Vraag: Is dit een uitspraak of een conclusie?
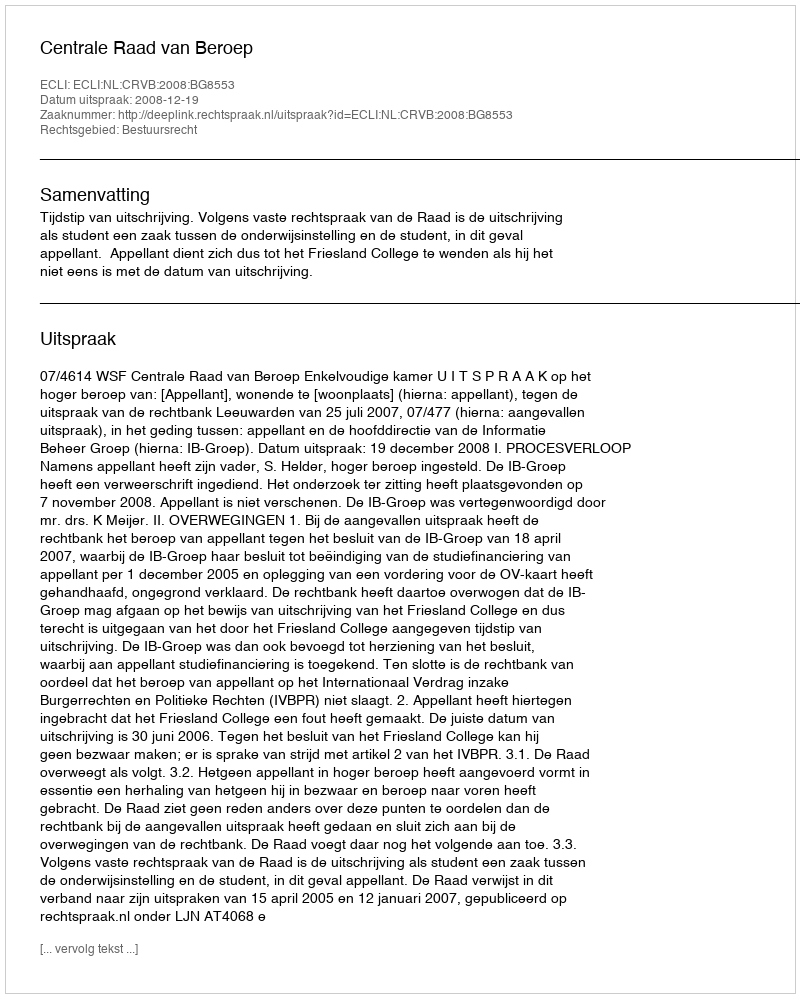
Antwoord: Uitspraak